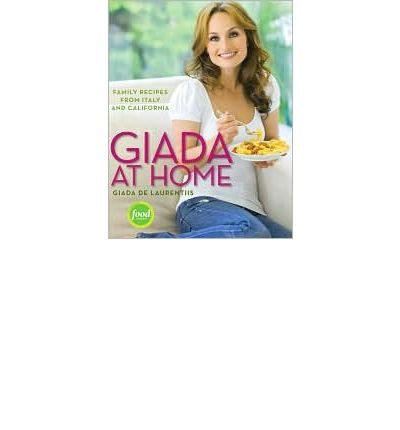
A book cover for Giada at Home: Family Recipes from Italy and California (Hardback) - Common; By (author) Giada de Laurentiis; Cookbooks, Food & Wine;